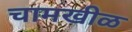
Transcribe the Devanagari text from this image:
चामखीळ